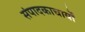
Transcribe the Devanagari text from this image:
संपादकाचार्यों